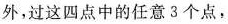
外，过这四点中的任意3个点，